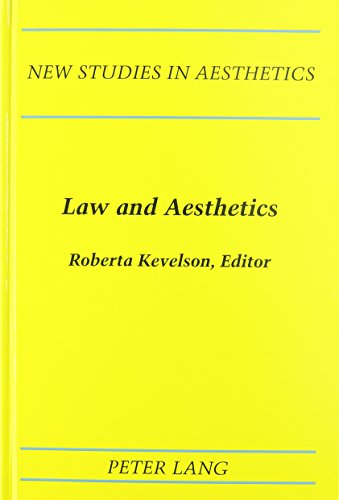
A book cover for Law and Aesthetics (New Studies in Aesthetics); Politics & Social Sciences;